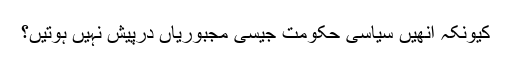
کیونکہ انھیں سیاسی حکومت جیسی مجبوریاں درپیش نہیں ہوتیں؟